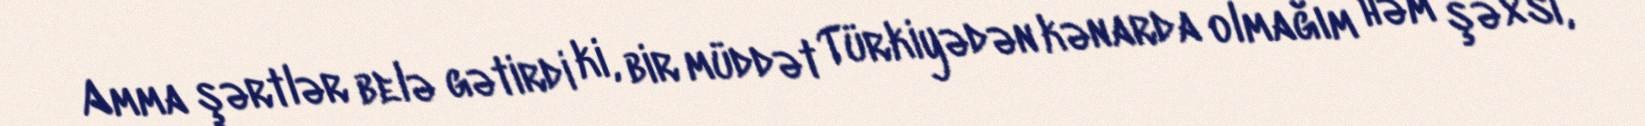
Amma şərtlər belə gətirdi ki, bir müddət Türkiyədən kənarda olmağım həm şəxsi,